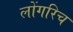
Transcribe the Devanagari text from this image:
लोंगरिच